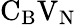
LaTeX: \mathrm{C}_{\mathrm{B}}\mathrm{V}_{\mathrm{N}}